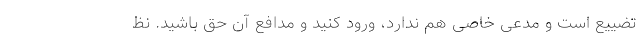
تضییع است و مدعی خاصی هم ندارد، ورود کنید و مدافع آن حق باشید. نظ